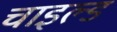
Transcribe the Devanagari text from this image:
चाइल्‍ड